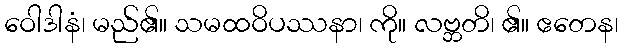
ဝေါဒါနံ၊ မည်၏။ သမထဝိပဿနာ၊ ကို။ လဗ္ဘတိ၊ ၏။ ဧတေန၊